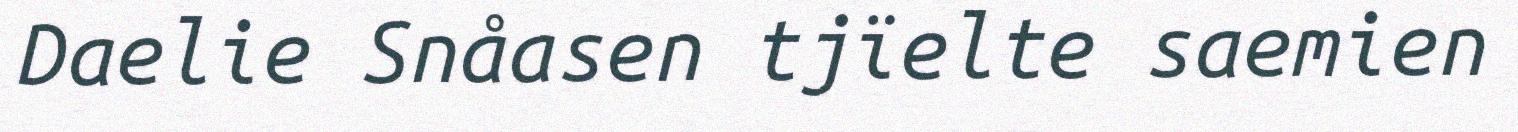
Daelie Snåasen tjïelte saemien